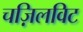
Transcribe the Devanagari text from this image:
चज़िलविट